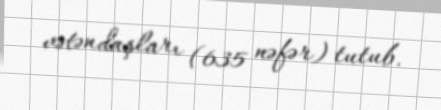
vətəndaşları (635 nəfər) tutub.